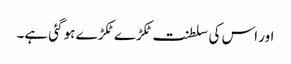
اور اس کی سلطنت ٹکڑے ٹکڑے ہو گئی ہے۔